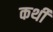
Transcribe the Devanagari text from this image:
कर्थी